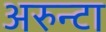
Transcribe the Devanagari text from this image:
अरुन्टा